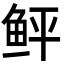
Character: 鲆